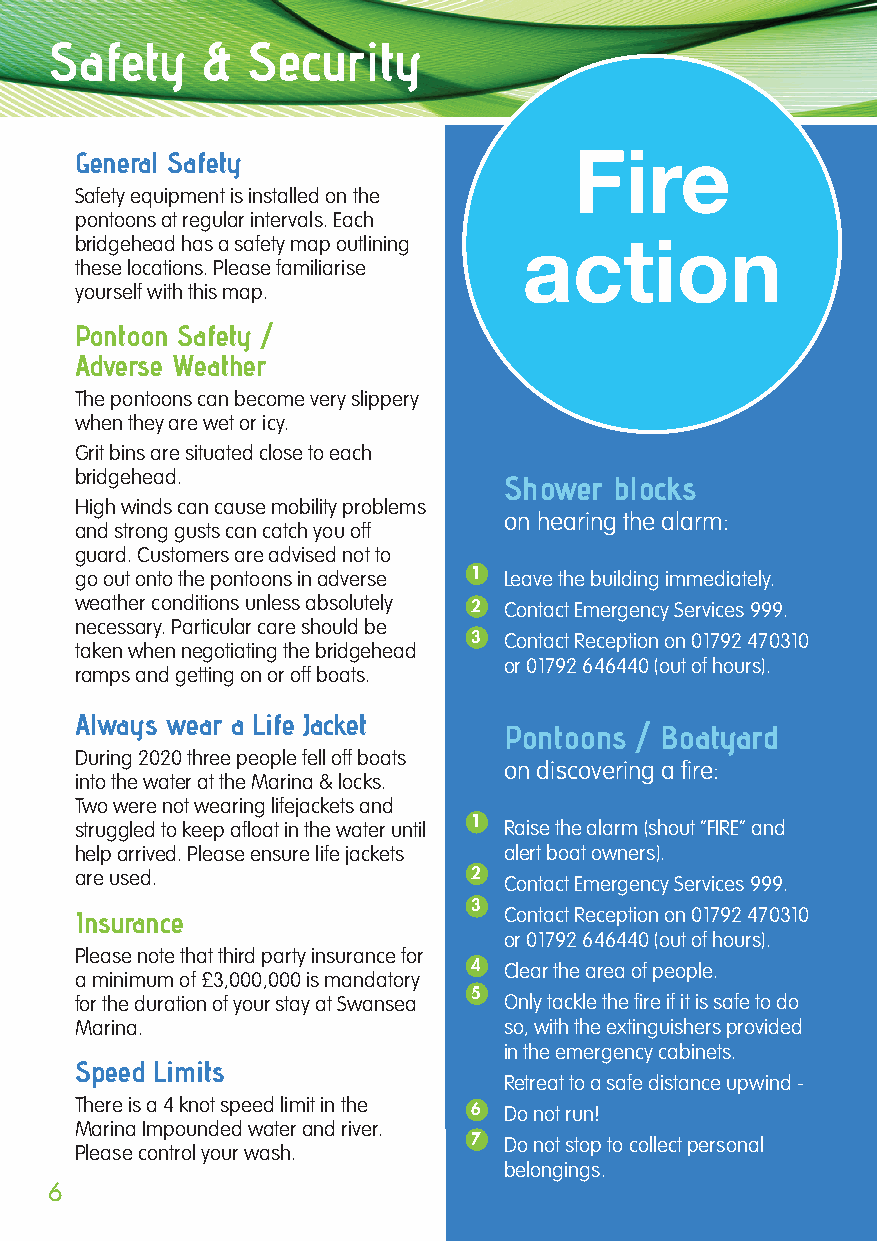
Safety    &  Security
 Fire
 General Safety
 Safety equipment is installed on the
 pontoons at regular intervals. Each
 bridgehead has a safety map outlining action
 these locations. Please familiarise
 yourself with this map.
 Pontoon Safety /
 Adverse Weather
 The pontoons can become very slippery
 when they are wet or icy.
 Grit bins are situated close to each
 bridgehead.                 Shower  blocks
 High winds can cause mobility problems
 on hearing the alarm:
 and strong gusts can catch you off
 guard. Customers are advised not to
 go out onto the pontoons in adverse 1 Leave the building immediately.
 weather conditions unless absolutely 2 Contact Emergency Services 999.
 necessary. Particular care should be
 3 Contact Reception on 01792 470310
 taken when negotiating the bridgehead
 or 01792 646440 (out of hours).
 ramps and getting on or off boats.
 Always wear a Life Jacket
 Pontoons / Boatyard
 During 2020 three people fell off boats
 on discovering a fire:
 into the water at the Marina & locks.
 Two were not wearing lifejackets and
 struggled to keep afloat in the water until 1 Raise the alarm (shout “FIRE” and
 help arrived. Please ensure life jackets alert boat owners).
 are used.                 2 Contact Emergency Services 999.
 3
 Insurance                   Contact Reception on 01792 470310
 or 01792 646440 (out of hours).
 Please note that third party insurance for
 4 Clear the area of people.
 a minimum of £3,000,000 is mandatory
 5
 for the duration of your stay at Swansea Only tackle the fire if it is safe to do
 Marina.                     so, with the extinguishers provided
 in the emergency cabinets.
 Speed Limits
 Retreat to a safe distance upwind -
 There is a 4 knot speed limit in the 6 Do not run!
 Marina Impounded water and river.
 7 Do not stop to collect personal
 Please control your wash.
 belongings.
 6